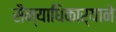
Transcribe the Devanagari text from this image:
सैन्याधिकार्‍याने